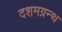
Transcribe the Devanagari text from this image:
दशमग्रन्थ